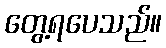
တွေ့ရပေသည်။